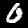
Label: 0